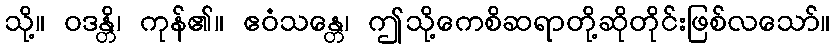
သို့။ ဝဒန္တိ၊ ကုန်၏။ ဧဝံသန္တေ၊ ဤသို့ကေစိဆရာတို့ဆိုတိုင်းဖြစ်လသော်။